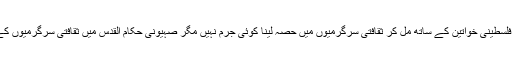
بیان میں مزید کہا گیا ہے کہ القدس میں فلسطینی خواتین کے ساتھ مل کر ثقافتی سرگرمیوں میں حصہ لینا کوئی جرم نہیں مگر صہیونی حکام القدس میں ثقافتی سرگرمیوں کے انعقاد کی راہ میں بھی آڑے آرہے ہیں۔